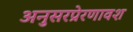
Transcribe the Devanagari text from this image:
अनुसरप्रेरणावश